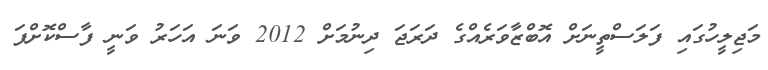
މަޖިލީހުގައި ފަލަސްތީނަށް އޮބްޒާވަރެއްގެ ދަރަޖަ ދިނުމަށް 2012 ވަނަ އަހަރު ވަނީ ފާސްކޮށްފަ